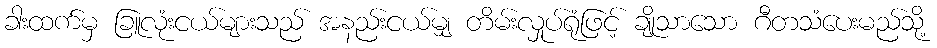
ခါးထက်မှ ခြူလုံးငယ်များသည် အနည်းငယ်မျှ တိမ်းလှုပ်ရုံဖြင့် ချိုသာသော ဂီတသံပေးမည်သို့